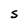
Character: S